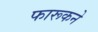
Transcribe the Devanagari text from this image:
फारूकने